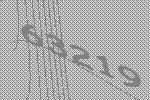
63219